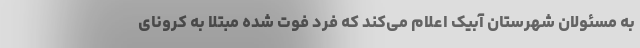
به مسئولان شهرستان آبیک اعلام می‌کند که فرد فوت شده مبتلا به کرونای